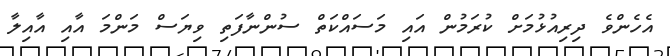
އެހެންވެ ދިރިއުޅުމަށް ކުރަމުން އައި މަސައްކަތް ސުންނާފަތި ވިޔަސް މަންމަ އާއި އާއިލާ